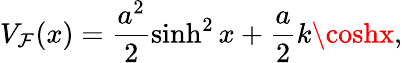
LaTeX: V_{\mathcal{F}}(x)=\frac{{a^{2}}}{2}\sinh^{2}x+\frac{a}{2}k\coshx,